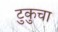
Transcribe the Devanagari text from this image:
टुकुचा